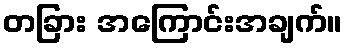
တခြား အကြောင်းအချက်။